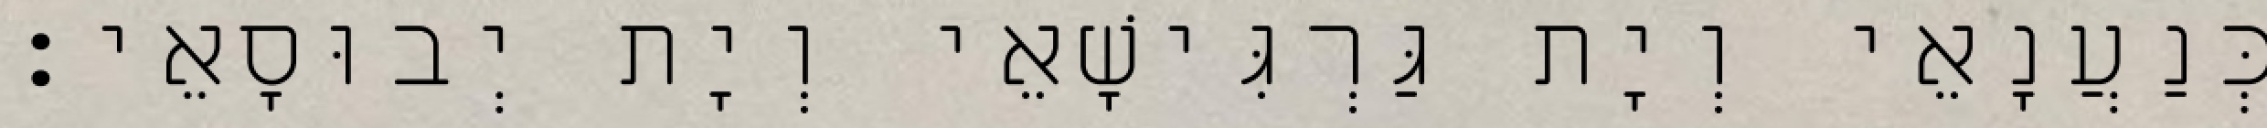
כְּנַעֲנָאֵי וְיָת גַּרְגִּישָׁאֵי וְיָת יְבוּסָאֵי׃